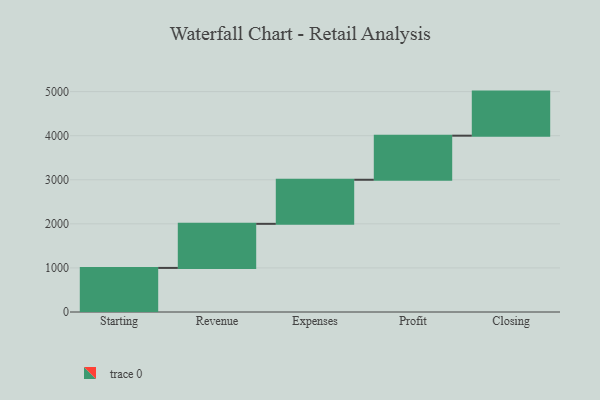
{"axis": {"x": "Step", "y": "Value"}, "legend": [""], "data": [{"x": "Starting", "y": 1000, "type": ""}, {"x": "Revenue", "y": 1000, "type": ""}, {"x": "Expenses", "y": 1000, "type": ""}, {"x": "Profit", "y": 1000, "type": ""}, {"x": "Closing", "y": 1000, "type": ""}]}